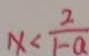
x < \frac { 2 } { 1 - a }